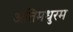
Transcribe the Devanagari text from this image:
अतिमधुरम